Plague in India, 1896, 1897 - Volume 1
Year: 1896
Disease focus: Plague
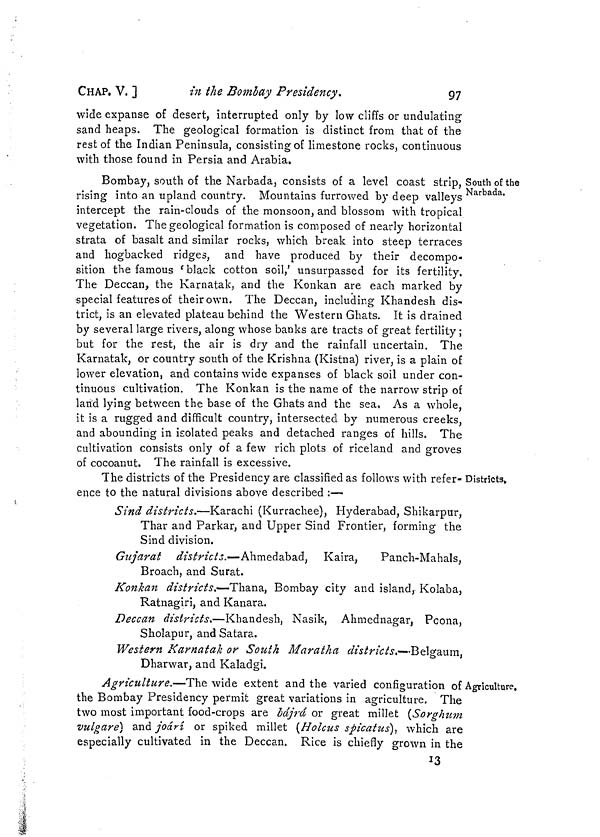
CHAP. V. ]
in the Bombay Presidency*
97
wide expanse of desert, interrupted only by low cliffs or undulating
sand heaps. The geological formation is distinct from that of the
rest of the Indian Peninsula, consisting of limestone rocks, continuous
with those found in Persia and Arabia,
South of the
Narbada.
Bombay, south of the Narbada, consists of a level coast strip,
rising into an upland country. Mountains furrowed by deep valleys
intercept the rain-clouds of the monsoon, and blossom with tropical
vegetation. The geological formation is composed of nearly horizontal
strata of basalt and similar rocks, which break into steep terraces
and hogbacked ridges, and have produced by their decompo-
sition the famous ' black cotton soil,' unsurpassed for its fertility.
The Deccan, the Karnatak, and the Konkan are each marked by
special features of their own. The Deccan, including Khandesh dis-
trict, is an elevated plateau behind the Western Ghats. It is drained
by several large rivers, along whose banks are tracts of great fertility ;
but for the rest, the air is dry and the rainfall uncertain. The
Karnatak, or country south of the Krishna (Kistna) river, is a plain of
lower elevation, and contains wide expanses of black soil under con-
tinuous cultivation. The Konkan is the name of the narrow strip of
land lying between the base of the Ghats and the sea, As a whole,
it is a rugged and difficult country, intersected by numerous creeks,
and abounding in isolated peaks and detached ranges of hills. The
cultivation consists only of a few rich plots of riceland and groves
of cocoanut. The rainfall is excessive.
Districts.
The districts of the Presidency are classified as follows with refer-
ence to the natural divisions above described :—
Sind districts.—Karachi (Kurrachee), Hyderabad, Shikarpur,
Thar and Parkar, and Upper Sind Frontier, forming the
Sind division.
Gujarat districts.— Ahmedabad, Kaira,
Panch-Mahals,
Broach, and Surat.
Konkan districts.—Thana, Bombay city and island, Kolaba,
Ratnagiri, and Kanara.
Deccan districts.—Khandesh, Nasik, Ahmednagar, Peona,
Sholapur, and Satara.
Western Karnatak or South Maratha districts.—Belgium,
Dharwar, and Kaladgi.
Agriculture.
Agriculture.—The wide extent and the varied configuration of
the Bombay Presidency permit great variations in agriculture. The
two most important food-crops are bájrá or great millet (Sorghum
vulgare) and joárí or spiked millet (Holcus spicatus), which are
especially cultivated in the Deccan. Rice is chiefly grown in the
13